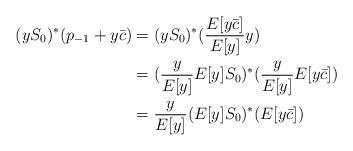
LaTeX: \begin{align*}(yS_0)^*(p_{-1}+y\bar c) &= (yS_0)^*(\frac{E[y\bar c]}{E[y]}y)\\&= (\frac{y}{E[y]}E[y]S_0)^*(\frac{y}{E[y]}E[y\bar c])\\&= \frac{y}{E[y]}(E[y]S_0)^*(E[y\bar c])\end{align*}